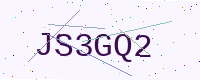
Text: JS3GQ2